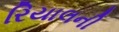
રિયાલની